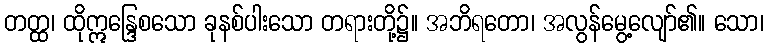
တတ္ထ၊ ထိုဣန္ဒြေစသော ခုနစ်ပါးသော တရားတို့၌။ အဘိရတော၊ အလွန်မွေ့လျော်၏။ သော၊